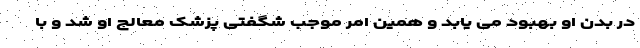
در بدن او بهبود می یابد و همین امر موجب شگفتی پزشک معالج او شد و با